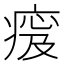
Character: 𤷹